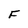
Character: F